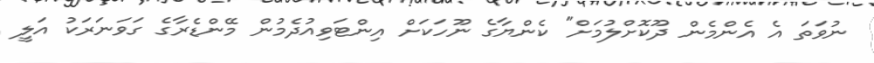
ނުވަތަ އެ އެންމެން ދޫކޮށްލުމަށް" ކެންޔާގެ ނޫހަކަށް އިންޓަވިއުދެމުން މޭންޑެރާގެ ގަވަނަރަކު އަލީ